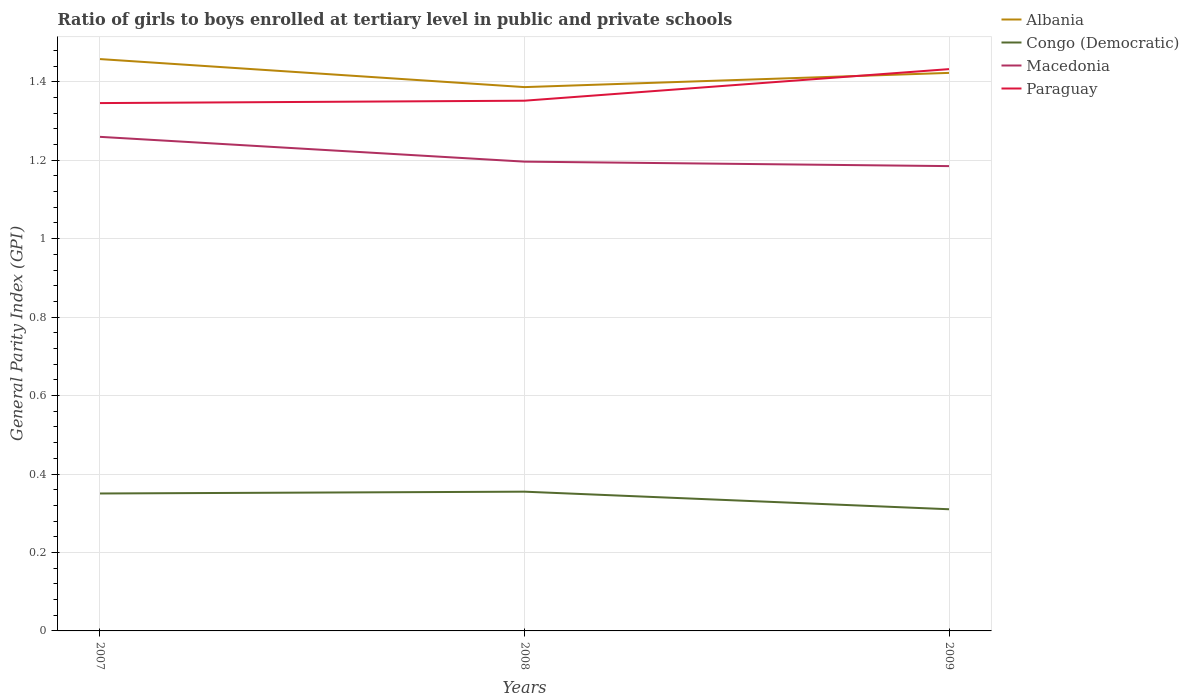
| Years | Albania | Congo (Democratic) | Macedonia | Paraguay |
 | --- | --- | --- | --- | --- |
 | 2007 | 1.46 | 0.35 | 1.26 | 1.35 |
 | 2008 | 1.39 | 0.355 | 1.2 | 1.35 |
 | 2009 | 1.42 | 0.31 | 1.18 | 1.43 |